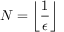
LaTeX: N = \left\lfloor { \frac { 1 } { \epsilon } } \right\rfloor